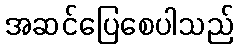
အဆင်ပြေစေပါသည်